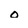
Character: o